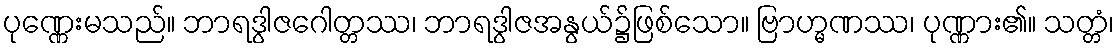
ပုဏ္ဏေးမသည်။ ဘာရဒွါဇဂေါတ္တဿ၊ ဘာရဒွါဇအနွယ်၌ဖြစ်သော။ ဗြာဟ္မဏဿ၊ ပုဏ္ဏား၏။ သတ္တံ၊